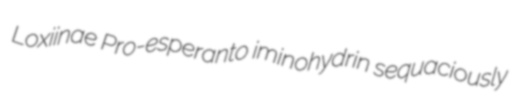
Loxiinae Pro-esperanto iminohydrin sequaciously